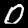
Label: 0